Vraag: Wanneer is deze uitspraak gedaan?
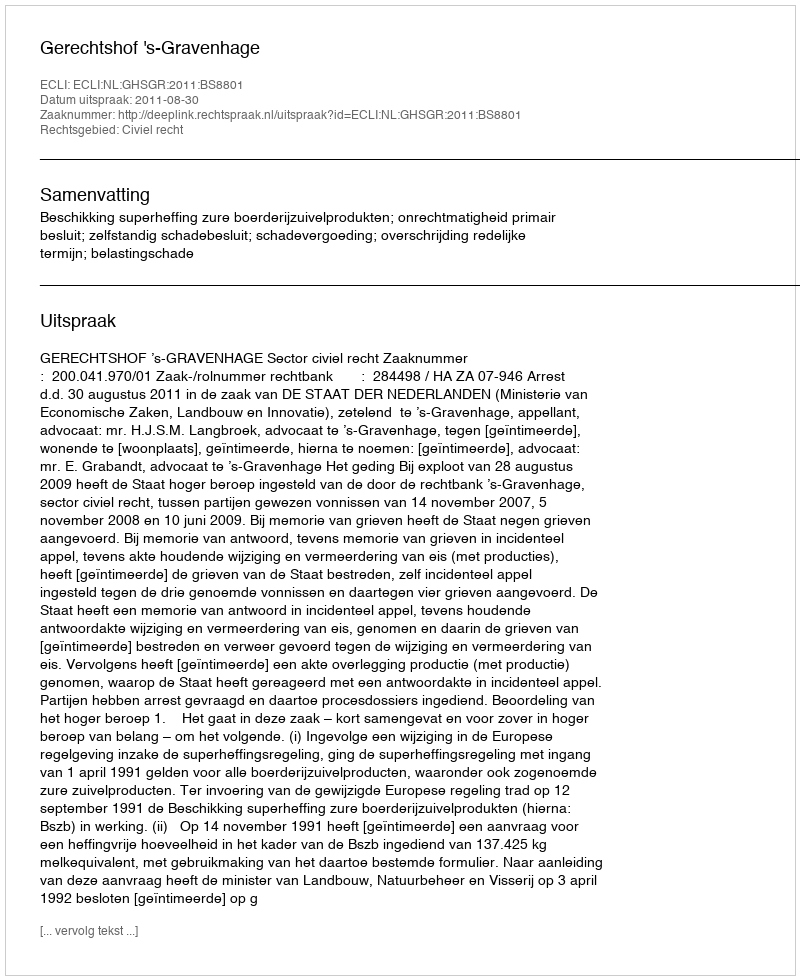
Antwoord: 2011-08-30